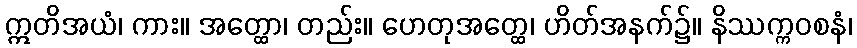
ဣတိအယံ၊ ကား။ အတ္ထော၊ တည်း။ ဟေတုအတ္ထေ၊ ဟိတ်အနက်၌။ နိဿက္ကဝစနံ၊